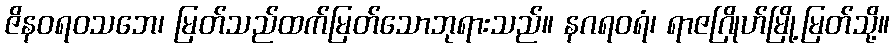
ဇိနဝရဝသဘေ၊ မြတ်သည်ထက်မြတ်သောဘုရားသည်။ နဂရဝရံ၊ ရာဇဂြိုဟ်မြို့မြတ်သို့။